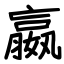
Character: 嬴